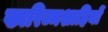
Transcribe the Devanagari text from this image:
ख्वरिज्मशाहियों